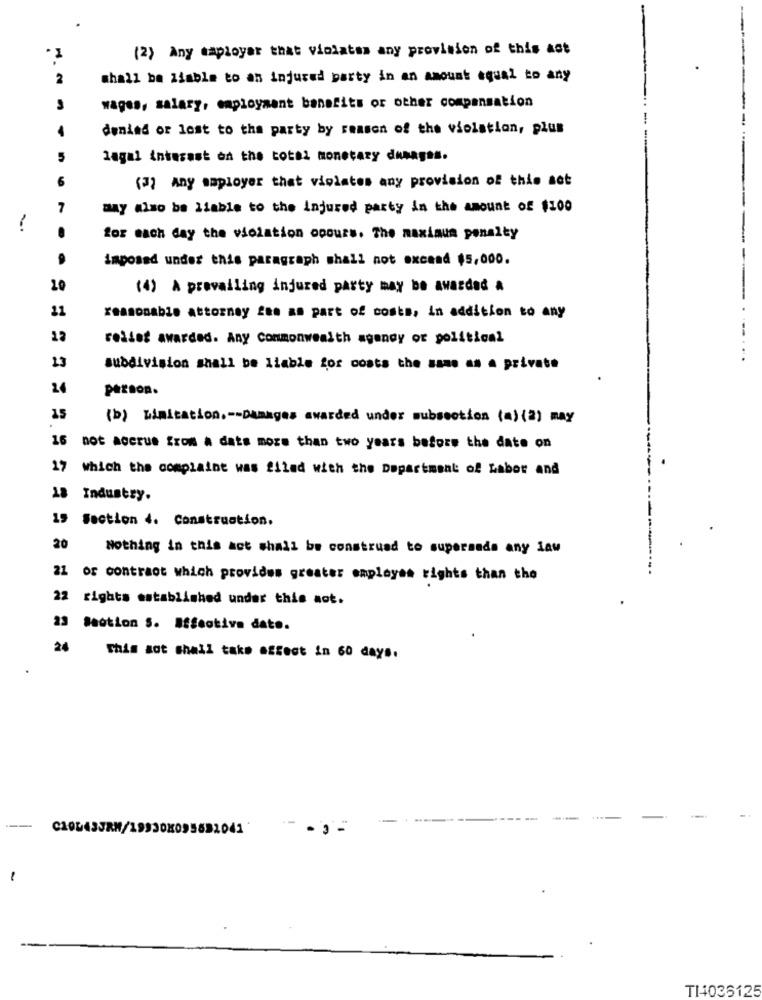
(2) Any maployer that violates any provision of this ast
shall be liable to an injured party in an amount equal to any
wages, salary, employment benefits or other compensation
denind or lost to the party by reason of the violation, plus
lagal interest on the total monetary dunagas.
(3) Any saployer that violates any provision of this act
may also be liable to the injured party in the amount of $100
for each day the violation coours. The maximum penalty
imposed under this paragraph shall not exceed $5,000.
10
(4) A prevailing injured party may be awarded a
21
reasonable attorney fam as part of costs, in addition to any
relief awarded. Any Commonwealth agency or political
23
subdivision shall be liable for costs the same as a private
24
person.
15
(b) Limitation .-- Damages awarded under subsection (a) (2) may
16 not accrue from a dats more than two years before the date on
17 which the complaint was filed with the Department of Labor and
Industry.
19 Section 4. Construction.
20
Nothing in this act shall be construed to supermads any law
21 of contract which provides greater employee tights than the
22 rights established under this not.
23 Section S. Effective date.
24
This act shall take affect in 60 days.
-
TI4036125